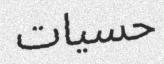
حسيات